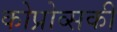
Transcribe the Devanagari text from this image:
कोप्रोव्सकी